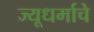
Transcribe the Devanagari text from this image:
ज्यूधर्माचे